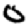
Digit: 0